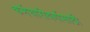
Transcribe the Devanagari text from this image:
कर्मचारीवर्गासाठी